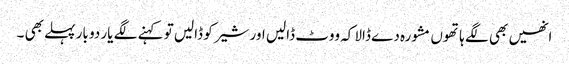
انھیں بھی لگے ہاتھوں مشورہ دے ڈالا کہ ووٹ ڈالیں اور شیر کو ڈالیں تو کہنے لگے یار دو بار پہلے بھی ۔